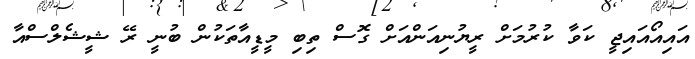
އައިއޯއައިޖީ ކަވާ ކުރުމަށް ރީޔުނިއަންއަށް ގޮސް ތިބި މީޑީއާތަކުން ބުނީ ރޭ ޝީޝެލްސްއާ